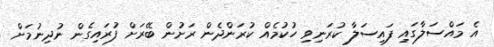
އެ މައްސަލާގައި ފައިސަލާ ކުރަނިވި ހުކުމެއް ކުރަންދެން ރަށުން ބޭރަށް ފުރައިގެން ނުދިނުމަށް